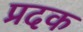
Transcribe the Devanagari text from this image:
प्रदक